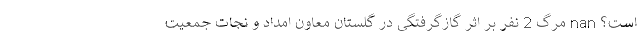
است؟ nan مرگ 2 نفر بر اثر گازگرفتگی در گلستان معاون امداد و نجات جمعیت